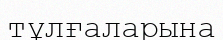
тұлғаларына